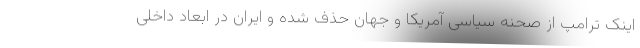
اینک ترامپ از صحنه سیاسی آمریکا و جهان حذف شده و ایران در ابعاد داخلی